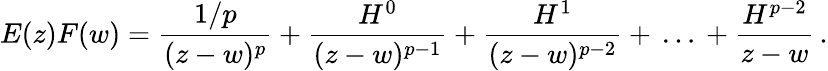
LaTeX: E(z)F(w)=\frac{1/p}{(z-w)^{p}}+\frac{H^{0}}{(z-w)^{p-1}}+\frac{H^{1}}{(z-w)^{p-2}}+\, \dots\, +\frac{H^{p-2}}{z-w}\, .